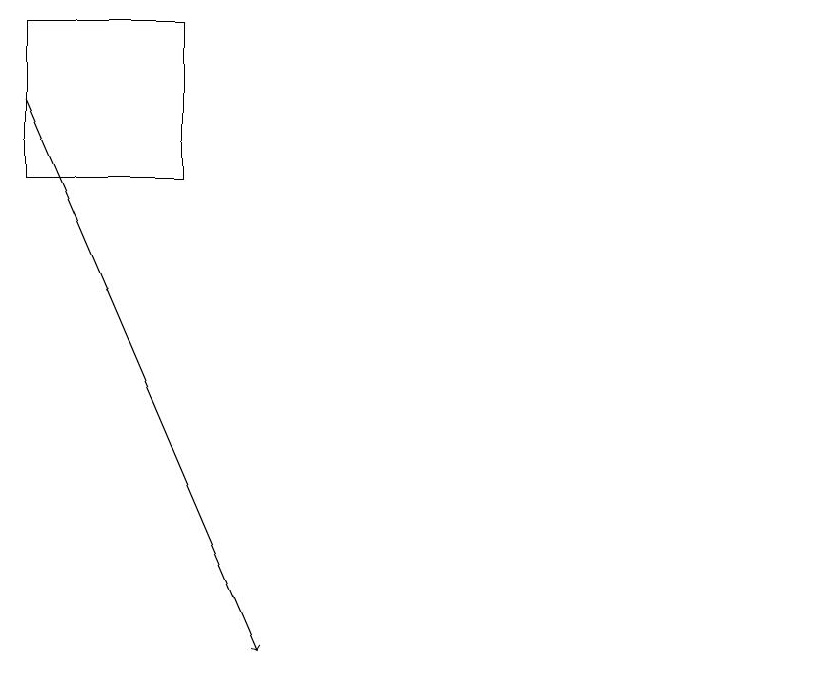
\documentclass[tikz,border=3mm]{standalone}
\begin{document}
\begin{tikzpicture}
\draw (12,11) circle (0);
\draw (4,18) rectangle (2,16);
\draw[->] (2,17) -- (5,10);
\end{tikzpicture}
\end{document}